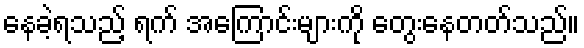
နေခဲ့ရသည့် ရက် အကြောင်းများကို တွေးနေတတ်သည်။